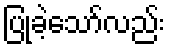
ပြုခဲ့သော်လည်း